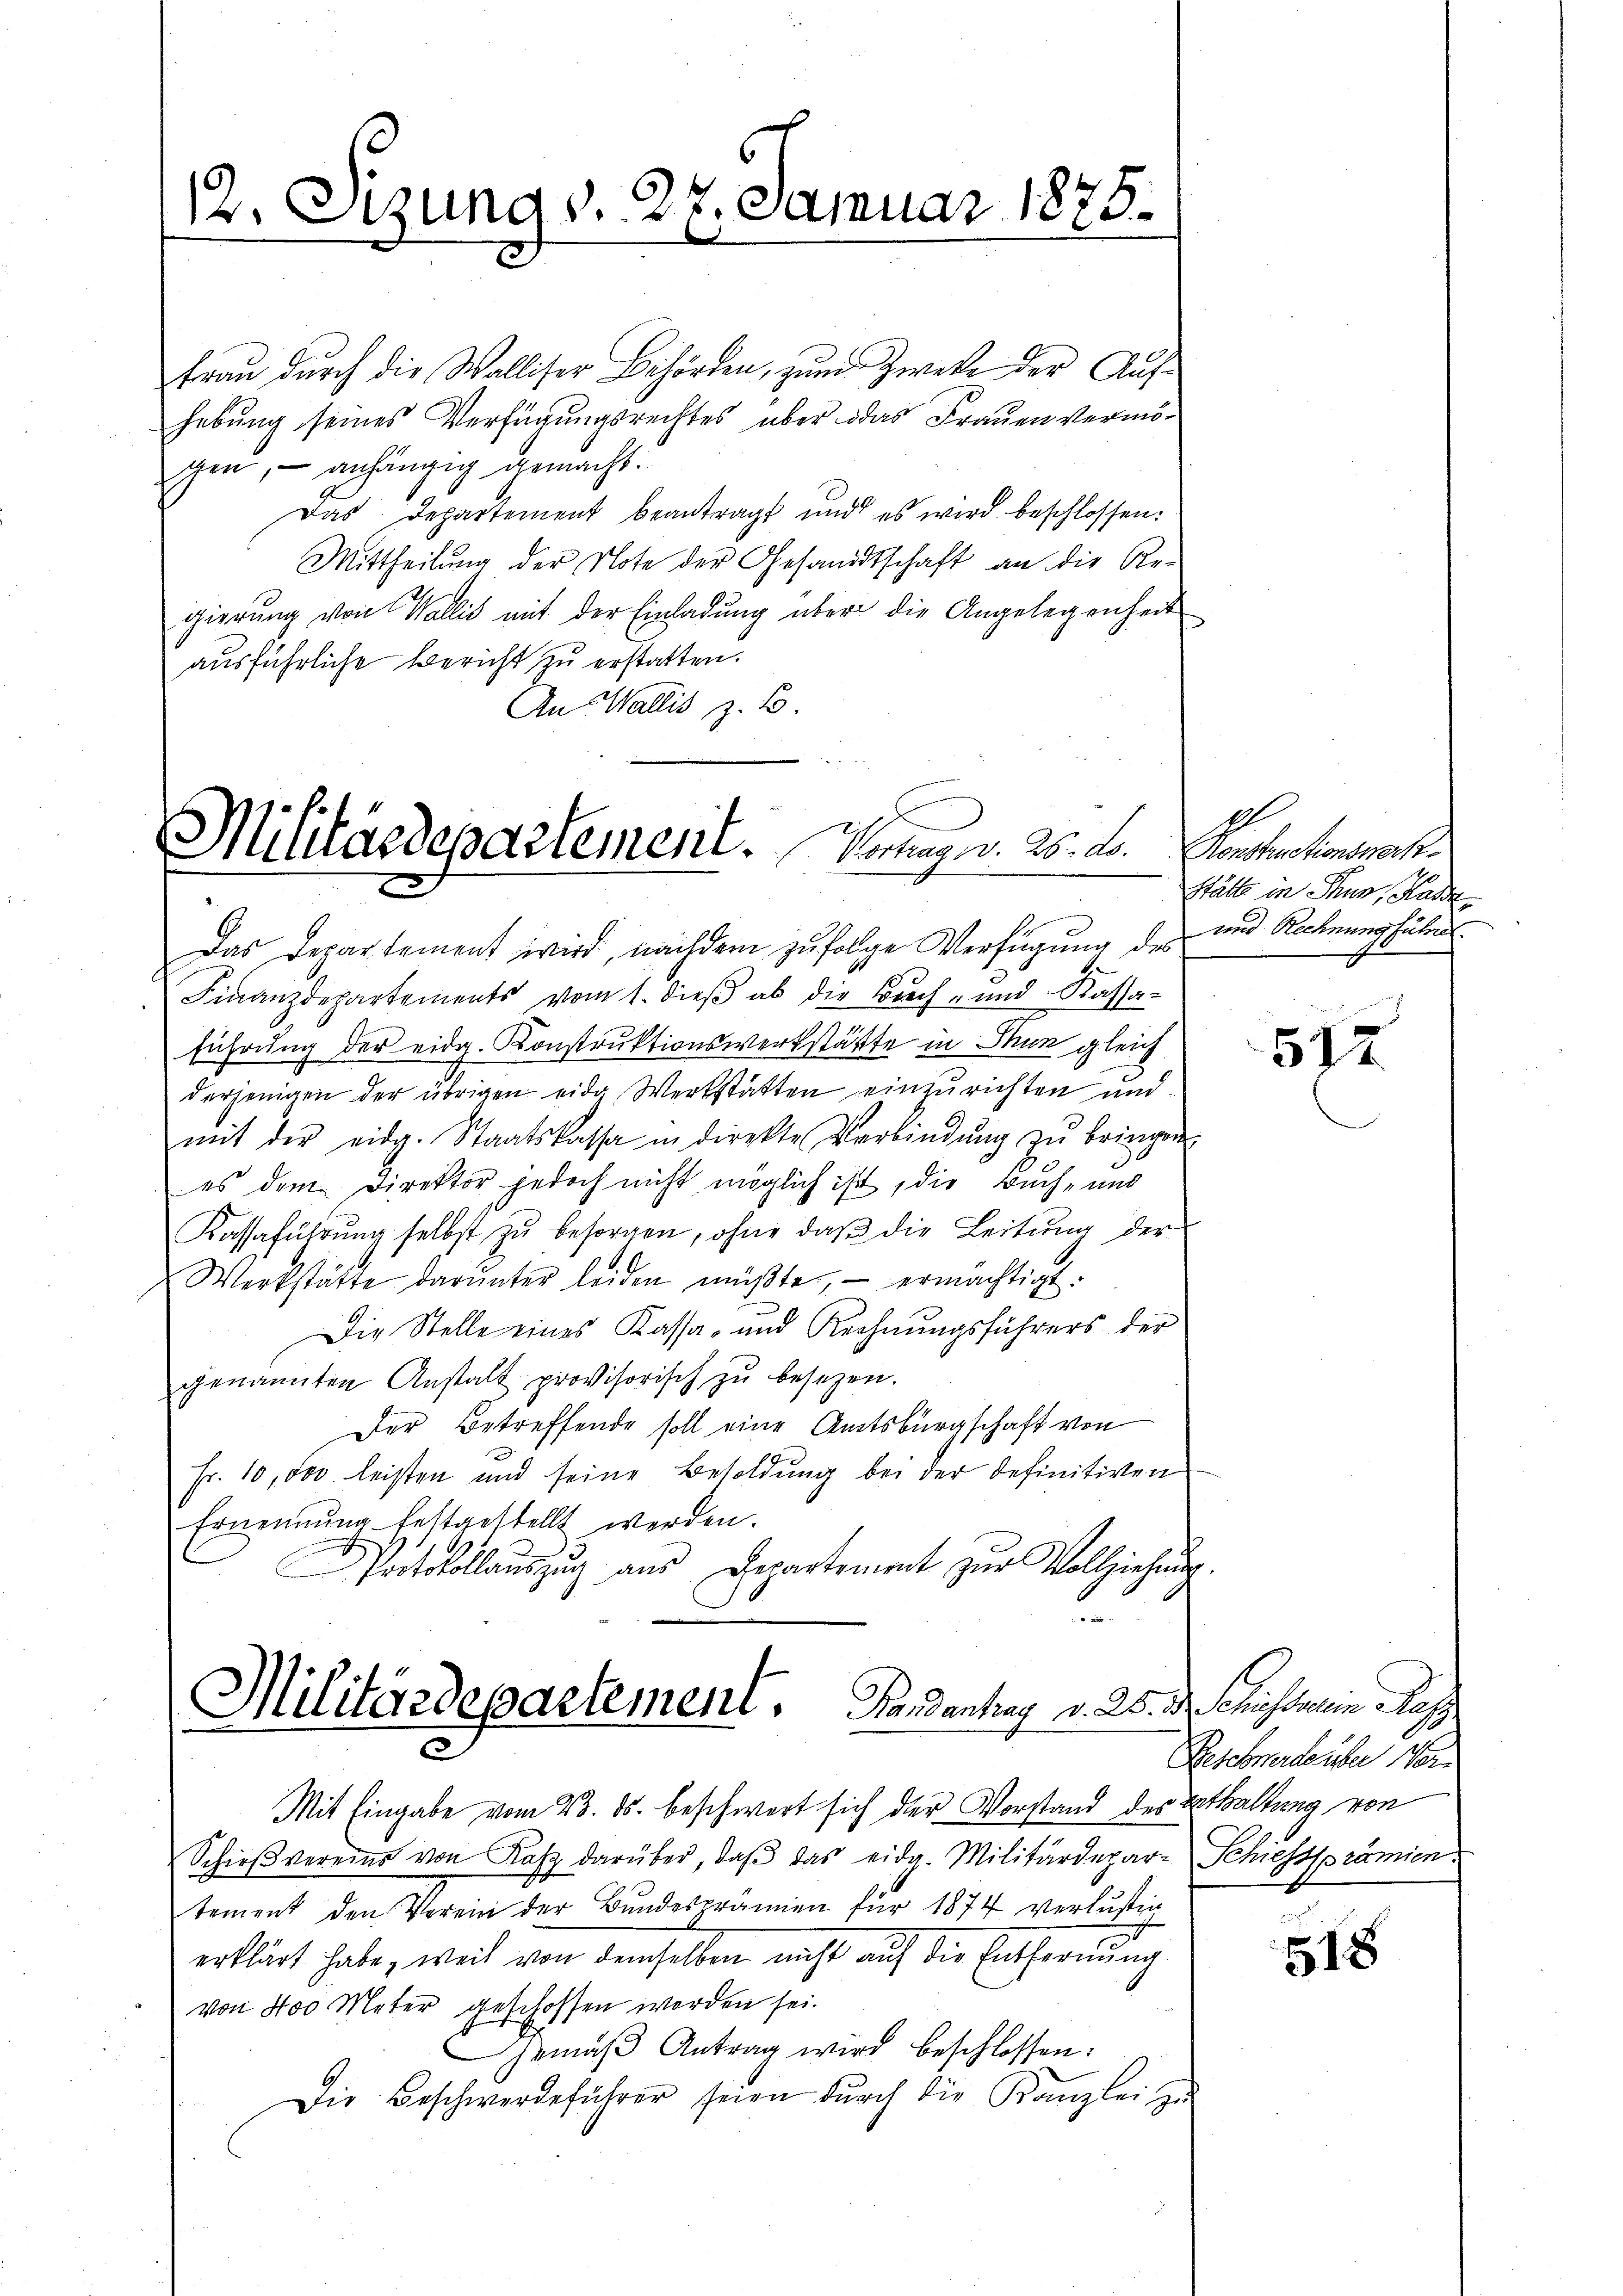
12. Etzung d. 27. Januar 1878.

fraŭ dŭrch die Walliser Behörden, zum Zwecke der Auf-
hebung seines Verfügungsrechtes über das Frauen Vermögen, – anhängig gemacht.
Das Departement beantragt und es wird beschlossen:
Mittheilŭng der Note der Gesandtschaft an die Ar-
gierung von Wallis mit der Einladung über die Angelegenheit
ausführliche Bericht zu erstatten.
An Wallis z. B.

Militärdepartement. Vertrag d. 25. d.
.
Das Departement wird, nachdem zufolge Verfügung des und Rechnung führen

Finanzdepartements vom 1. dieß ab die Buch- und Kassaführung der eidg. Konstruktionswerkstätte in Thun gleich
derjenigen der übrigen eide Werkstatten einzurichten und
mit der eidg. Staatskassa in direkte Verbindŭng zŭ bringen,
es dem Direktor jedoch nicht möglich ist, die Buch- und
Kassaführŭng selbst zŭ besorgen, ohne daβ die Leitŭng der
Werkstätte darunter leiden müβte, - ermächtigt.
Die Stelle eines Kassa- und Rechnungsführers der
genannten Anstalt provisorisch zŭ besetzen.
Der Betreffende soll eine Amtsbürgschaft von
Fr. 10,000. leisten und seine Besoldŭng bei der befinitiven
Ernennung festgestellt werden.
Protokollaŭszŭg aŭs Departement zŭr Vollziehŭng.
.

Militärdepartement. Handenhag v. 25. d. Schristain Res
2

Mit Eingabe vom 23. ds. beschwert sich der Vorstand der Enthaltung von
Schieβvereins von Kasz darüber, daβ das eidg. Militärdepar-Schiesssprämien.
tement den Verein der Bundesprämien für 1874 verlusten
erklärt habe, weil von demselben nicht auf die Entfernung
von 400 Meter geschossen worden sei.
jemäβ Antrag wird beschlossen:
Die Beschwerdeführer seien dŭrch die Kanzlei zu

E.
Konstructionswerk
Stätte in Thun, Rade

512

Geschende über von

518